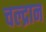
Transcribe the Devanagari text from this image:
चल्द्रान